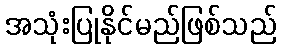
အသုံးပြုနိုင်မည်ဖြစ်သည်